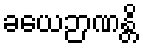
ခယေဉာဏန္တိ